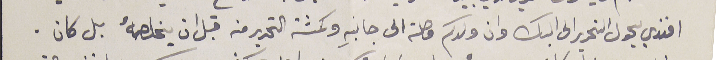
افندي يحول التحرير الى البك وان ولدكم وصلته الى جانبه وكمشة التحرير من قبل ان يخلصهُ بل كان.